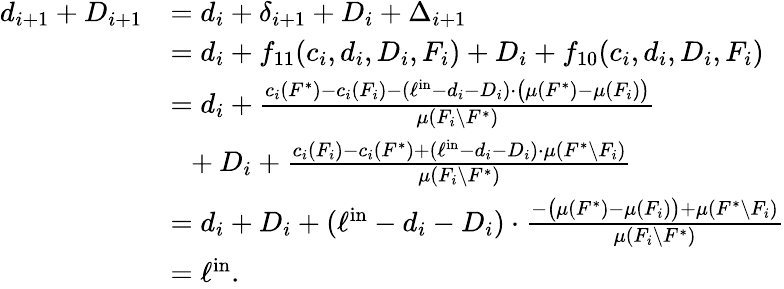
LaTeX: \begin{array}{rl}{d_{i+1}+D_{i+1}}&{=d_{i}+\delta_{i+1}+D_{i}+\Delta_{i+1}}\\ {}&{=d_{i}+f_{11}(c_{i},d_{i},D_{i},F_{i})+D_{i}+f_{10}(c_{i},d_{i},D_{i},F_{i})}\\ {}&{=d_{i}+\frac{c_{i}(F^{*})-c_{i}(F_{i})-(\ell^{\mathrm{in}}-d_{i}-D_{i})\cdot\big(\mu(F^{*})-\mu(F_{i})\big)}{\mu(F_{i}\setminus F^{*})}}\\ {}&{~~+D_{i}+\frac{c_{i}(F_{i})-c_{i}(F^{*})+(\ell^{\mathrm{in}}-d_{i}-D_{i})\cdot\mu(F^{*}\setminus F_{i})}{\mu(F_{i}\setminus F^{*})}}\\ {}&{=d_{i}+D_{i}+(\ell^{\mathrm{in}}-d_{i}-D_{i})\cdot\frac{-\big(\mu(F^{*})-\mu(F_{i})\big)+\mu(F^{*}\setminus F_{i})}{\mu(F_{i}\setminus F^{*})}}\\ {}&{=\ell^{\mathrm{in}}.}\end{array}